Memorandum on the prevention of leprosy by segregation of the affected
Disease focus: Leprosy
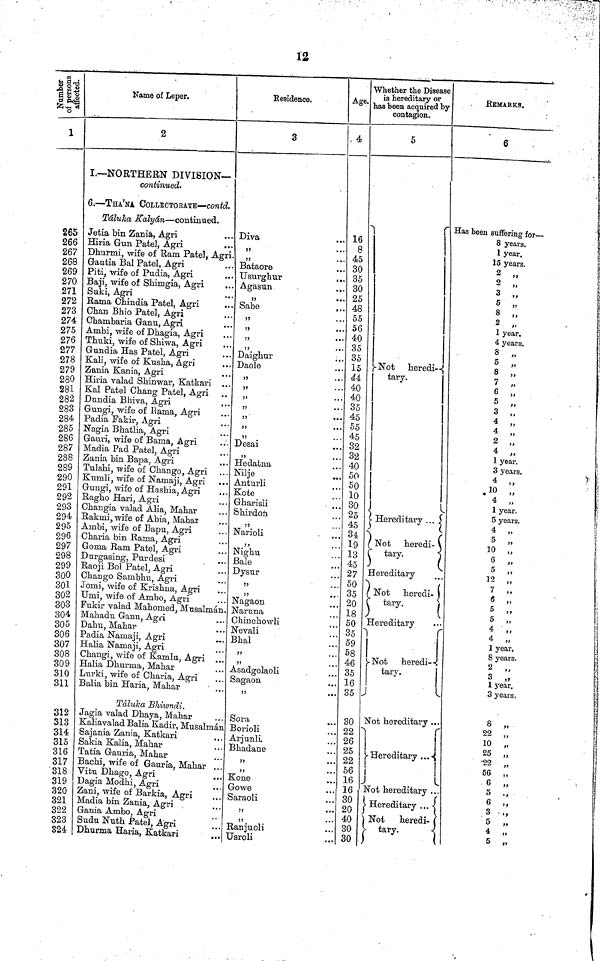
12
Number of person affected
1
265
266
267
268
269
270
271
272
273
274
275
276
277
278
279
280
281
282
283
284
285
286
287
288
289
290
291
292
293
294
295
296
297
298
299
300
301
302
303
304
305
306
307
308
309
310
311
312
313
314
315
316
317
318
319
320
321
322
323
324
Name of Leper.
2
I.—NORTHERN DIVISION—
continued-
6. — THA'NA COLLECTOEATB — contd.
Táluka Kalyán — continued.
Jetia bin Zania, Agri
Hiria Gun Patel, Agri
Dhurmi, wife of Ram Patel, Agri.
Gautia Bal Patel, Agri
Piti, wife of Pudia, Agri
Baji, wife of Shimgia, Agri
Suki, Agri
Rama Chindia Patel, Agri
Chan Bhio Patel, Agri
Chambaria Ganu, Agri
Ambi, wife of Dhagia, Agri
Thuki, wife of Shiwa, Agri
Gundia Has Patel, Agri
Kali, wife of Kusha, Agri
Zania Kania, Agri
Hiria valad Shin war, Katkari ..
Kal Patel Chang Patel, Agri
JDundia Bhiva, Agri
Gungi, wife of Kama, Agri
Padia Fakir, Agri
Nagia Bhatlia, Agri
Gauri, wife of Bama, Agri
Madia Pad Patel, Agri
Zania bin Bapa, Agri
..
Tulshi, wife of Chango, Agri
Kunili, wife of Namaji, Agri ..
Gungi, wife of Hashia, Agri
Ragho Hari, Agri
Changia valad Alia, Mahar
Rakmi, wife of Abia, Mahar
Anibi, wife of Bapu, Agri
Charia bin Rama, Agri
Goma Ram Patel, Agri
Durgasing, Purdesi
Raoji Bol Patel, Agri
Chango Sambhu, Agri
Joini, wife of Krishna, Agri
Urni, wife of Ambo, Agri
Fukir valad Mahomed, Musalman
Mahadu Ganu, Agri
Dahu, Mahar
Padia Namaji, Agri
Halia Namaji, Agri
Changi, wife of Kamlu, Agri .
Halia Dhurrua, Mahar
Lurki, wife of Charia, Agri
Balia bin Haria, Mahar
• .
Táluka Bhiwndi.
Jagia valad Dhaya, Mahar
Kaliavalad Balia Kadir, Musalma
Sajania Zania, Katkari
Sakia Kalia, Mahar
Tatia Gauria, Mahar
Bachi, wife of Gauria, Mahar .
Vitu Dhago, Agri
Dagia Modhi, Agri
Zani, wife of Barkia, Agri
Madia bin Zania, Agri
Gania Ambo, Agri
Sudu Nuth Patel, Agri
Dhurma Haria, Katkari
Residence.
3
Diva
" "
...
Bataore
Usurghur
...
Agasun
...
Sabe
„
"
...
"
...
"
...
Daighur
Daole
...
...
...
...
...
Desai
"
Hedatna
Nilje
Anturli
Kote
Gharisli
Shirdon
"
. . .
Narioli
"
'
Nighu
Bale
Dysur
"
"
Nagaon
Naruna
Chinchowli
Nevali
Bhal
"
"
Asadgolaoli
Sagaou
5J
Sora
Borioli
Arjunli
Bhadane
35
"
Kone
Go we
Saraoli
"
"
Ranjuoli
Usroli
Age.
4
16
8
45
30
35
30
25
48
55
56
40
35
35
15
44.
40
40
35
45
55
45
32
32
40
50
50
10
30
25
45
34
19
13
45
27
50
35
20
18
50
35
59
58
46
35
16
35
. 30
. 22
. 26
. 25
. 22
. 56
. 16
. 16
. 30
. 20
. 40
. 30
. 30
Whether the Disease
is hereditary or
as been acquired by
contagion.
5
Not
heredi-
tary.
Hereditary
...
Not
heredi-
tary.
Hereditary
Not heredi-
tary.
Hereditary
Not
heredi-
tary.
Not hereditary ..
|
Hereditary
...
Not hereditary .
Hereditary . . .
Not
heredi-
tary.
REMARKS.
6
Has been suffering for —
8 years.
1 year.
15 years.
2 „
2 "
3 "
5 „
8 „
2 „
1 year.
4 years.
8 „
5 „
8 „
7 „
6 „
5 „
3 „
4 „
4 „
2 „
4 „
1 year.
3 years.
4 „
10 „
4 „
1 year.
5 years.
4 „
5 „
10 „
6 „
5 „
12 „
7 „
6 „
5 „
5 „
4 „
4 „
1 year.
8 years.
2 „
3 „
1 year.
3 years,
8 „
22
"
10 „
25 „
56 „
6 „
5 .,
6 "
3 ..,
5
4 "
5 „